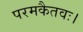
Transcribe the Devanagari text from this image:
परमकैतवः।